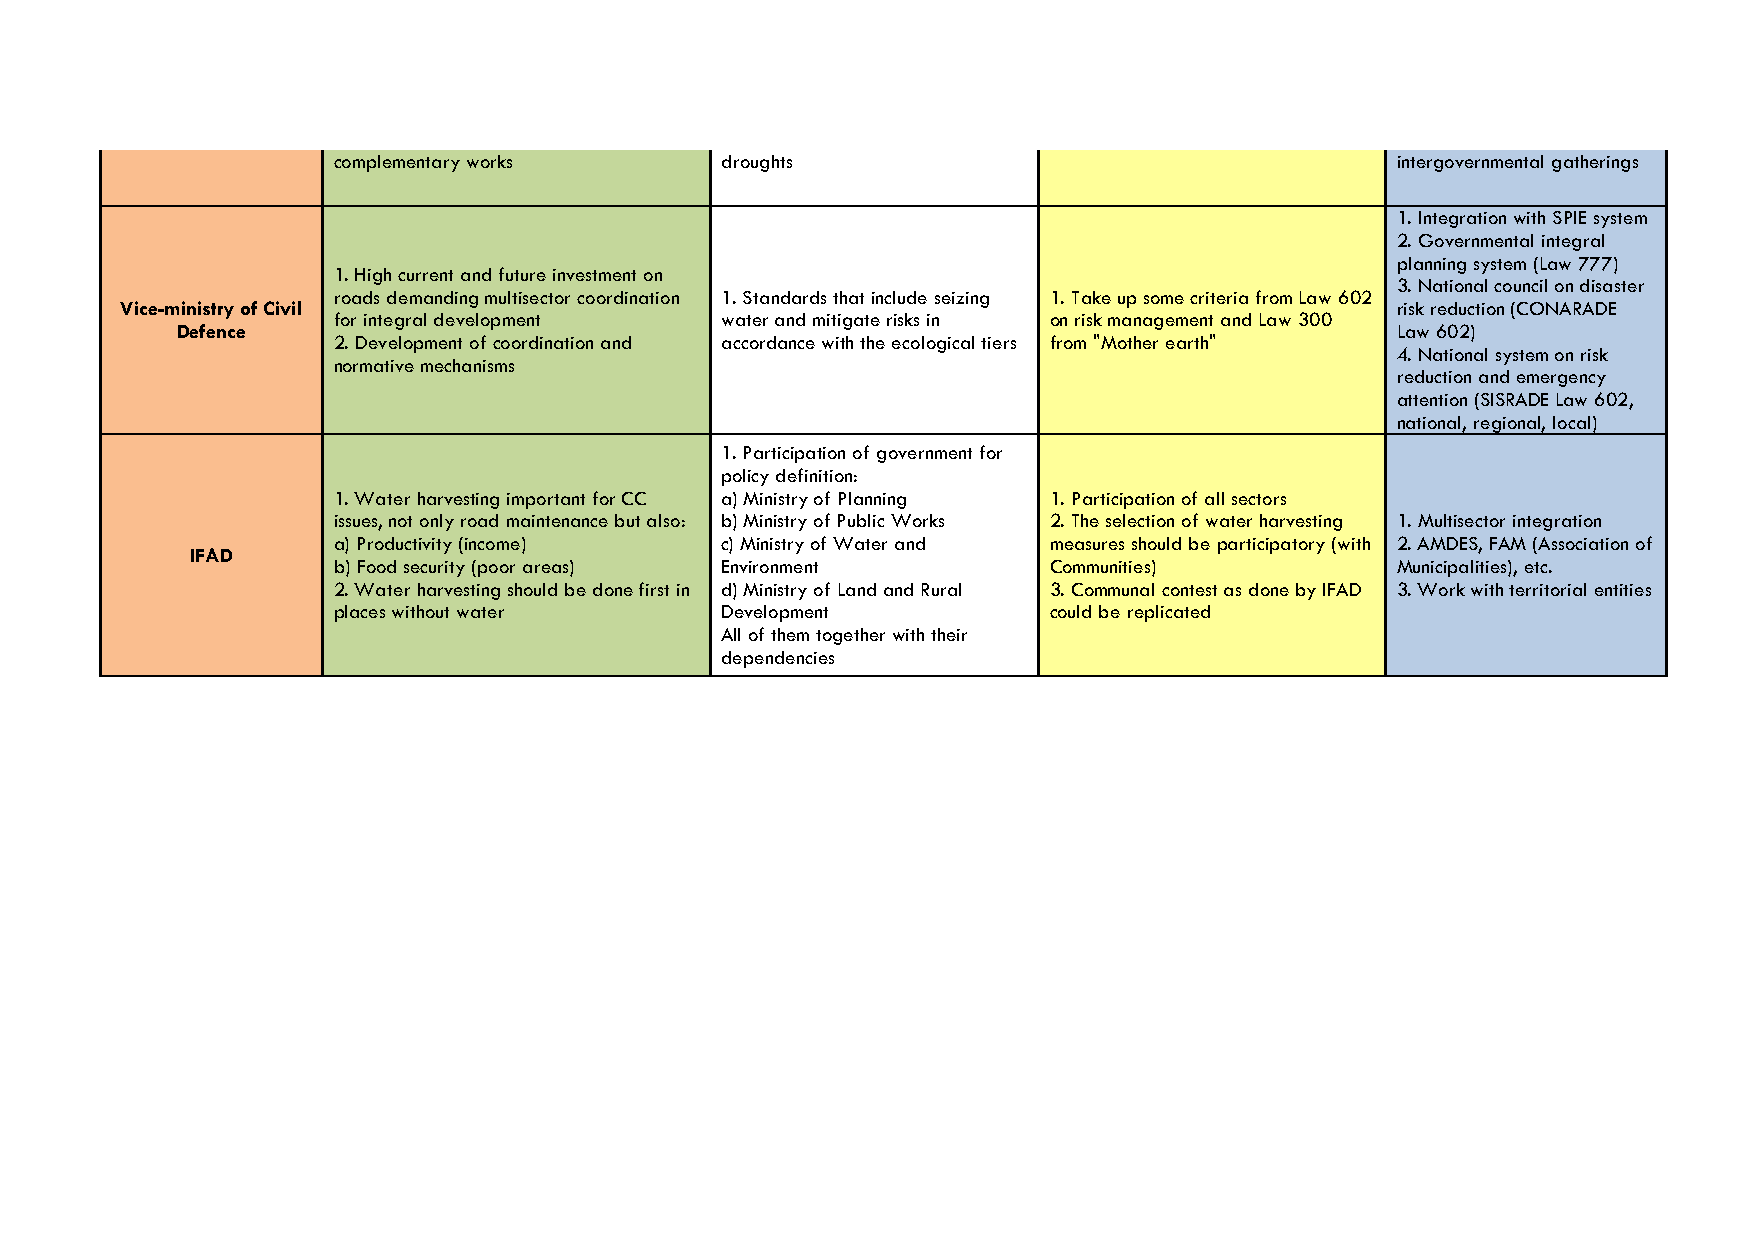
complementary works       droughts                                    intergovernmental gatherings
 1. Integration with SPIE system
 2. Governmental integral
 planning system (Law 777)
 1. High current and future investment on
 3. National council on disaster
 roads demanding multisector coordination 1. Standards that include seizing 1. Take up some criteria from Law 602
 Vice-ministry of Civil                                                              risk reduction (CONARADE
 for integral development  water and mitigate risks in on risk management and Law 300
 Defence                                                                         Law 602)
 2. Development of coordination and accordance with the ecological tiers from "Mother earth"
 4. National system on risk
 normative mechanisms
 reduction and emergency
 attention (SISRADE Law 602,
 national, regional, local)
 1. Participation of government for
 policy definition:
 1. Water harvesting important for CC a) Ministry of Planning 1. Participation of all sectors
 issues, not only road maintenance but also: b) Ministry of Public Works 2. The selection of water harvesting 1. Multisector integration
 a) Productivity (income)  c) Ministry of Water and measures should be participatory (with 2. AMDES, FAM (Association of
 IFAD
 b) Food security (poor areas) Environment      Communities)           Municipalities), etc.
 2. Water harvesting should be done first in d) Ministry of Land and Rural 3. Communal contest as done by IFAD 3. Work with territorial entities
 places without water      Development          could be replicated
 All of them together with their
 dependencies